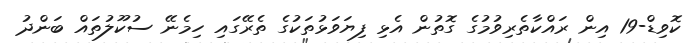
ކޮވިޑް-19 އިން ރައްކާތެރިވުމުގެ ގޮތުން އެޅި ފިޔަވަޅުތަކުގެ ތެރޭގައި ހިމެނޭ ސުކޫލުތައް ބަންދު